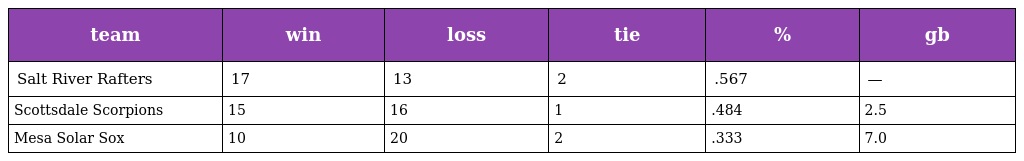
| team | win | loss | tie | % | gb |
 | --- | --- | --- | --- | --- | --- |
 | Salt River Rafters | 17 | 13 | 2 | .567 | — |
 | Scottsdale Scorpions | 15 | 16 | 1 | .484 | 2.5 |
 | Mesa Solar Sox | 10 | 20 | 2 | .333 | 7.0 |